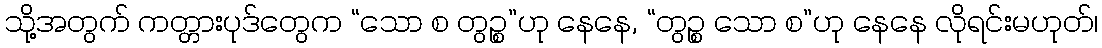
သို့အတွက် ကတ္တားပုဒ်တွေက “သော စ တွဉ္စ”ဟု နေနေ, “တွဉ္စ သော စ”ဟု နေနေ လိုရင်းမဟုတ်၊